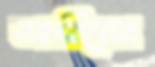
আত্মীয়ের